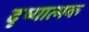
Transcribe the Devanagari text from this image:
दृष्यात्मक